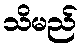
သိမည်